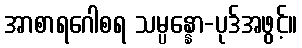
အာစာရဂေါစရ သမ္ပန္နော-ပုဒ်အဖွင့်။